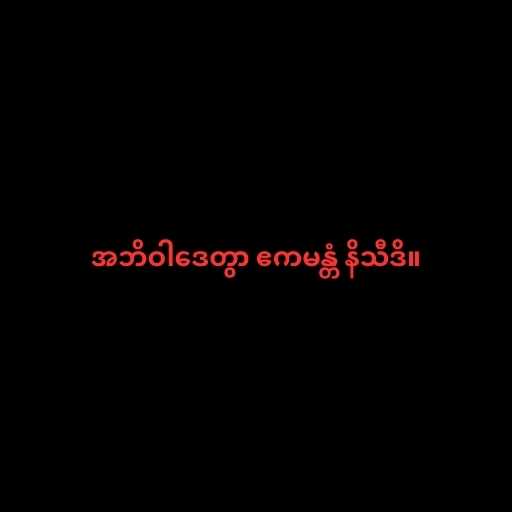
အဘိဝါဒေတွာ ဧကမန္တံ နိသီဒိ။